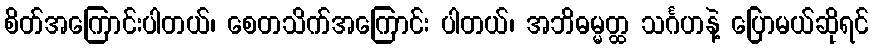
စိတ်အကြောင်းပါတယ်၊ စေတသိက်အကြောင်း ပါတယ်၊ အဘိဓမ္မတ္ထ သင်္ဂဟနဲ့ ပြောမယ်ဆိုရင်